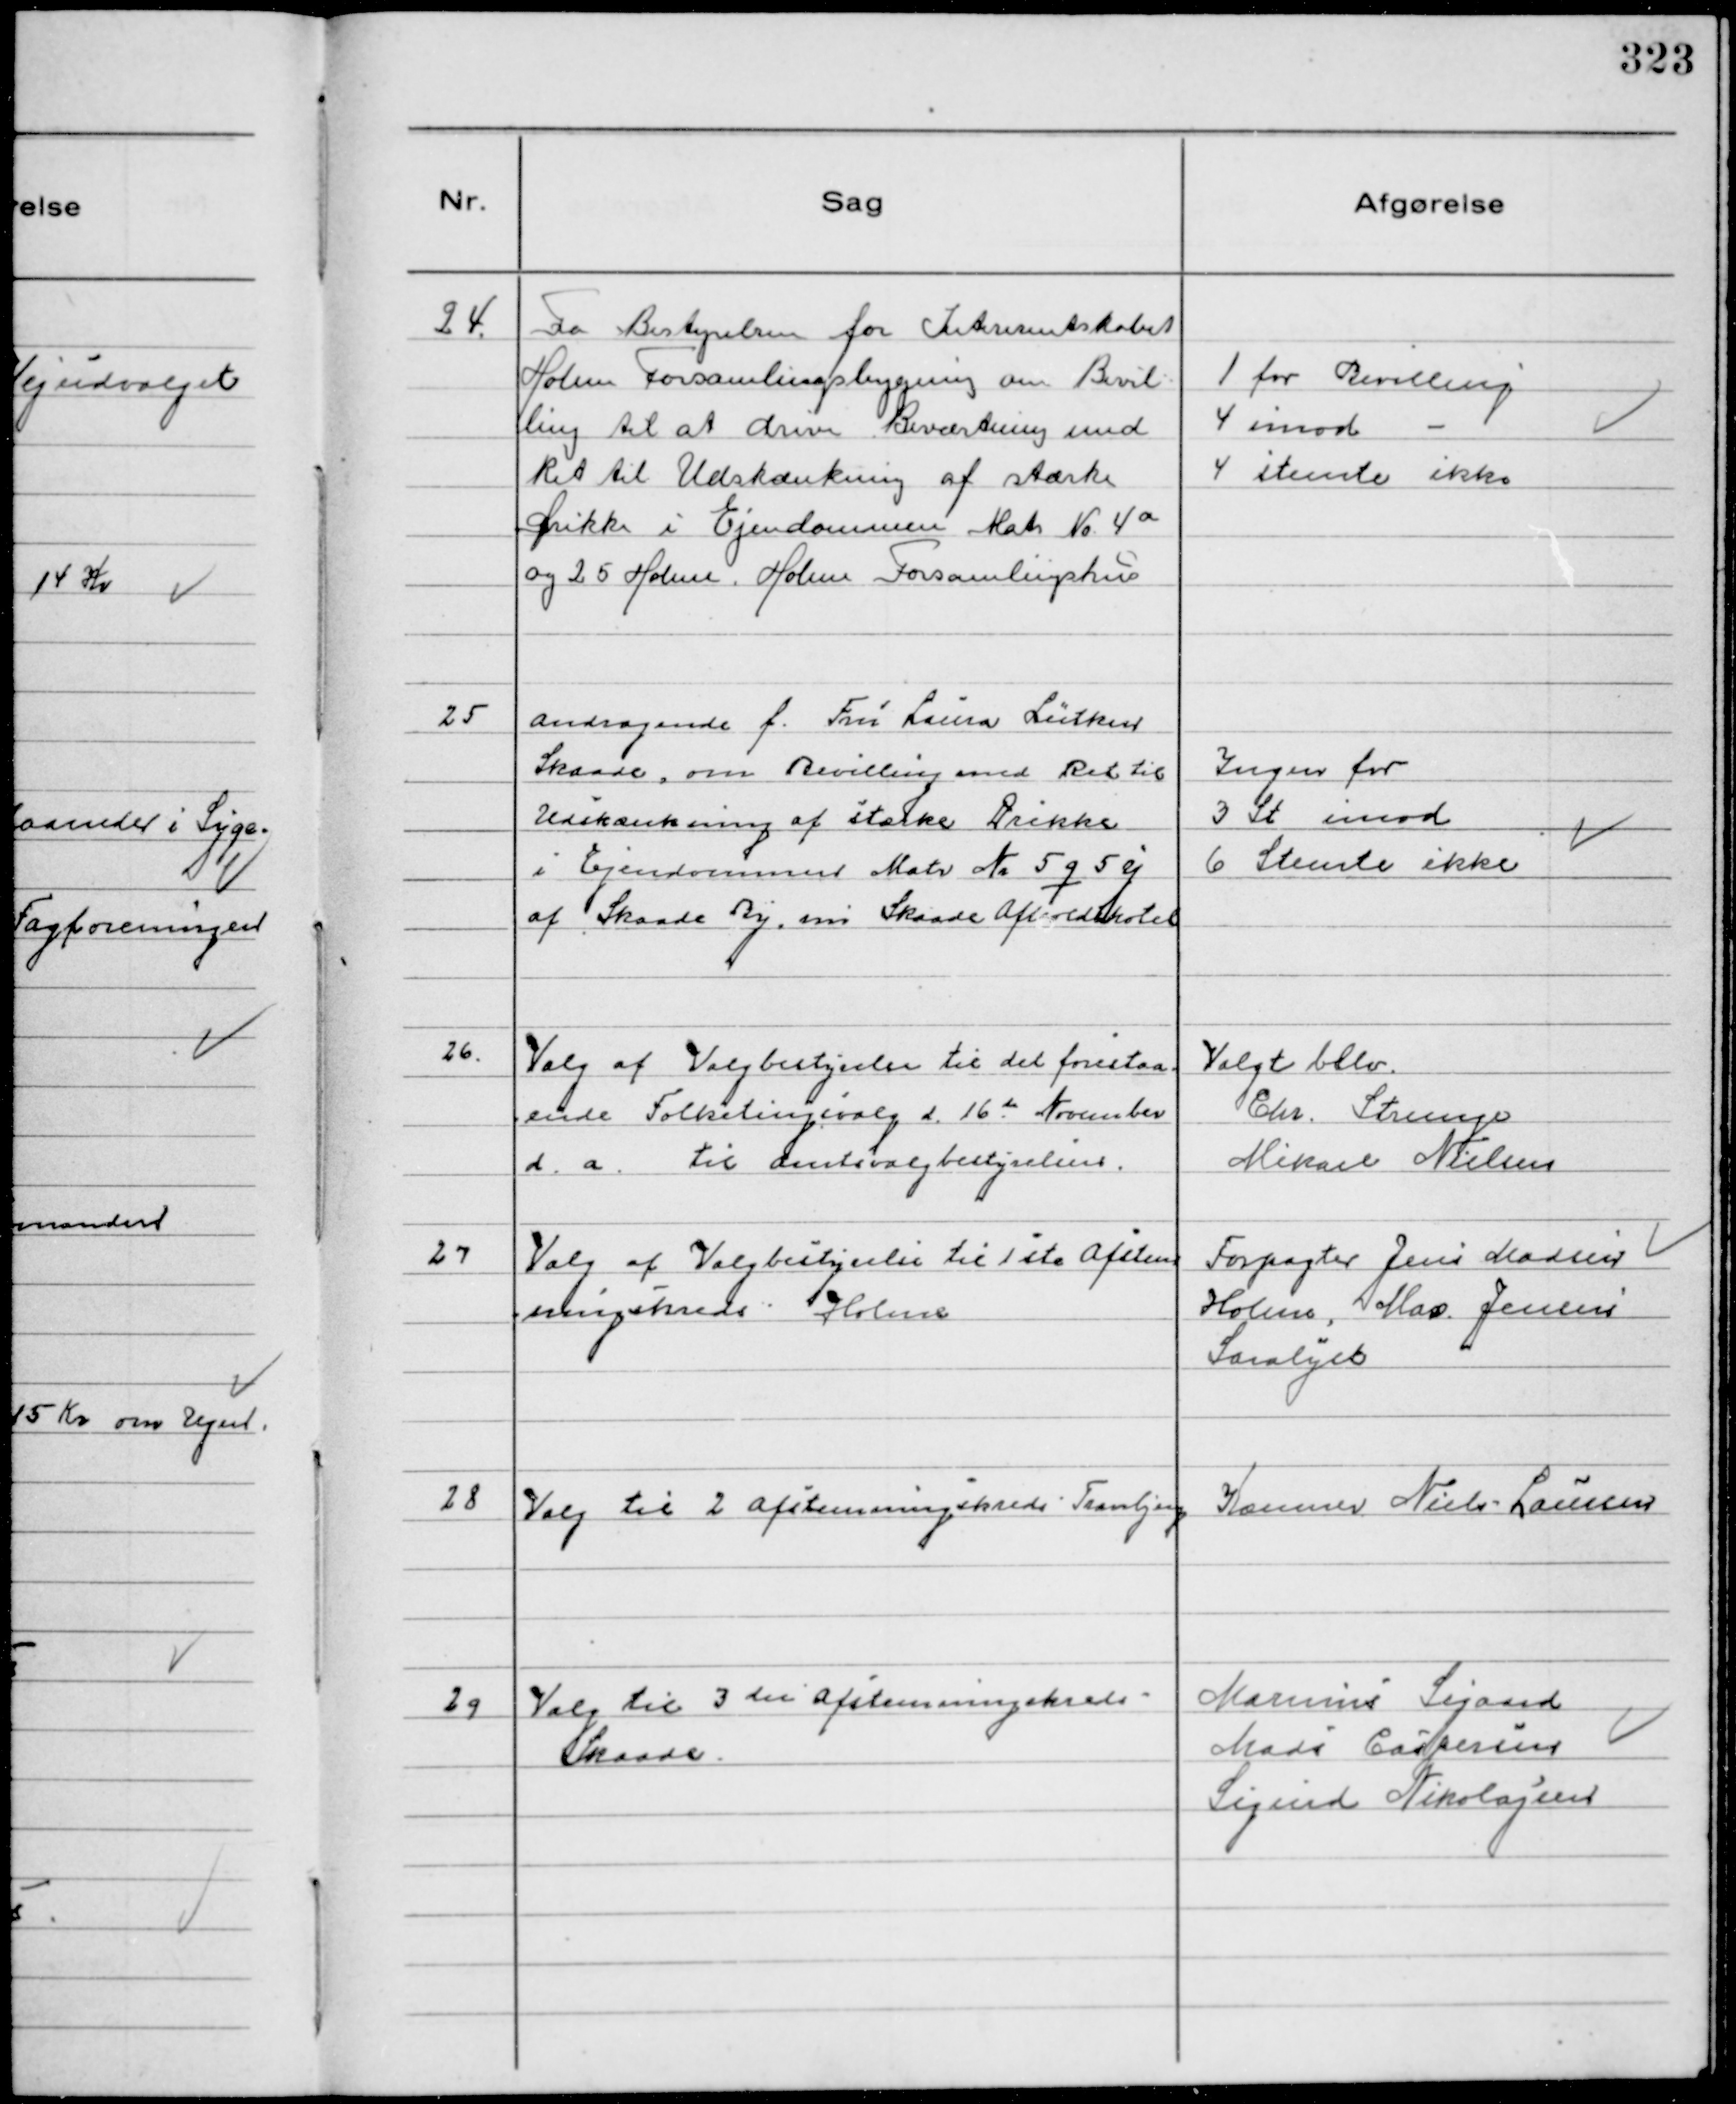
Transskription:
24.
Fra Bestyrelsen for Interesentskabet
Holme Forsamlingsbygning om Bevil-
ling til at drive Beværtning med
Ret til Udskænkning af stærke
Drikke i Ejendommen Matr № 4 a
og 25 Holme. Holme Forsamlingshus

1 for Bevilling
4 imod -
4 stemte ikke

25
Andragende f. Fru Laura Lütken
Skaade, om Bevilling med Ret til
Udskænkning af stærke Drikke
i Ejendommen Matr № 5 q 5 y
af Skaade By m Skaade Afholdshotel

Ingen for
3 St imod
6 Stemte ikke

26.
Valg af Valgbestyrelse til det forestaa-
ende Folketingsvalg d. 16 de November
d.a. til Amtsvalgbestyrelsen.

Valgt blev
Chr. Strunge
Mikael Nielsen

27
Valg af Valgbestyrelse til 1 ste Afstem
ningskreds Holme

Forpagter Jens Madsen
Holme, Max Jensen
Saralyst

28
Valg til 2 Afstemningskreds - Tranbjerg

Kæmner Niels Laursen

29
Valg til 3 die Afstemningskreds -
Skaade.

Marinus Sigaard
Mads Caspersen
Sigurd Nikolajsen